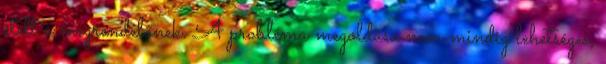
ételt a megrendelőnek. A probléma megoldása nem mindig lehetséges,